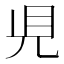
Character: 𧠇